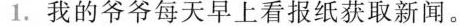
1.我的爷爷每天早上看报纸获取新闻。